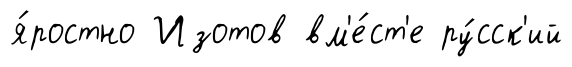
я́ростно Изотов вм'е́ст'е ру́сск'ий